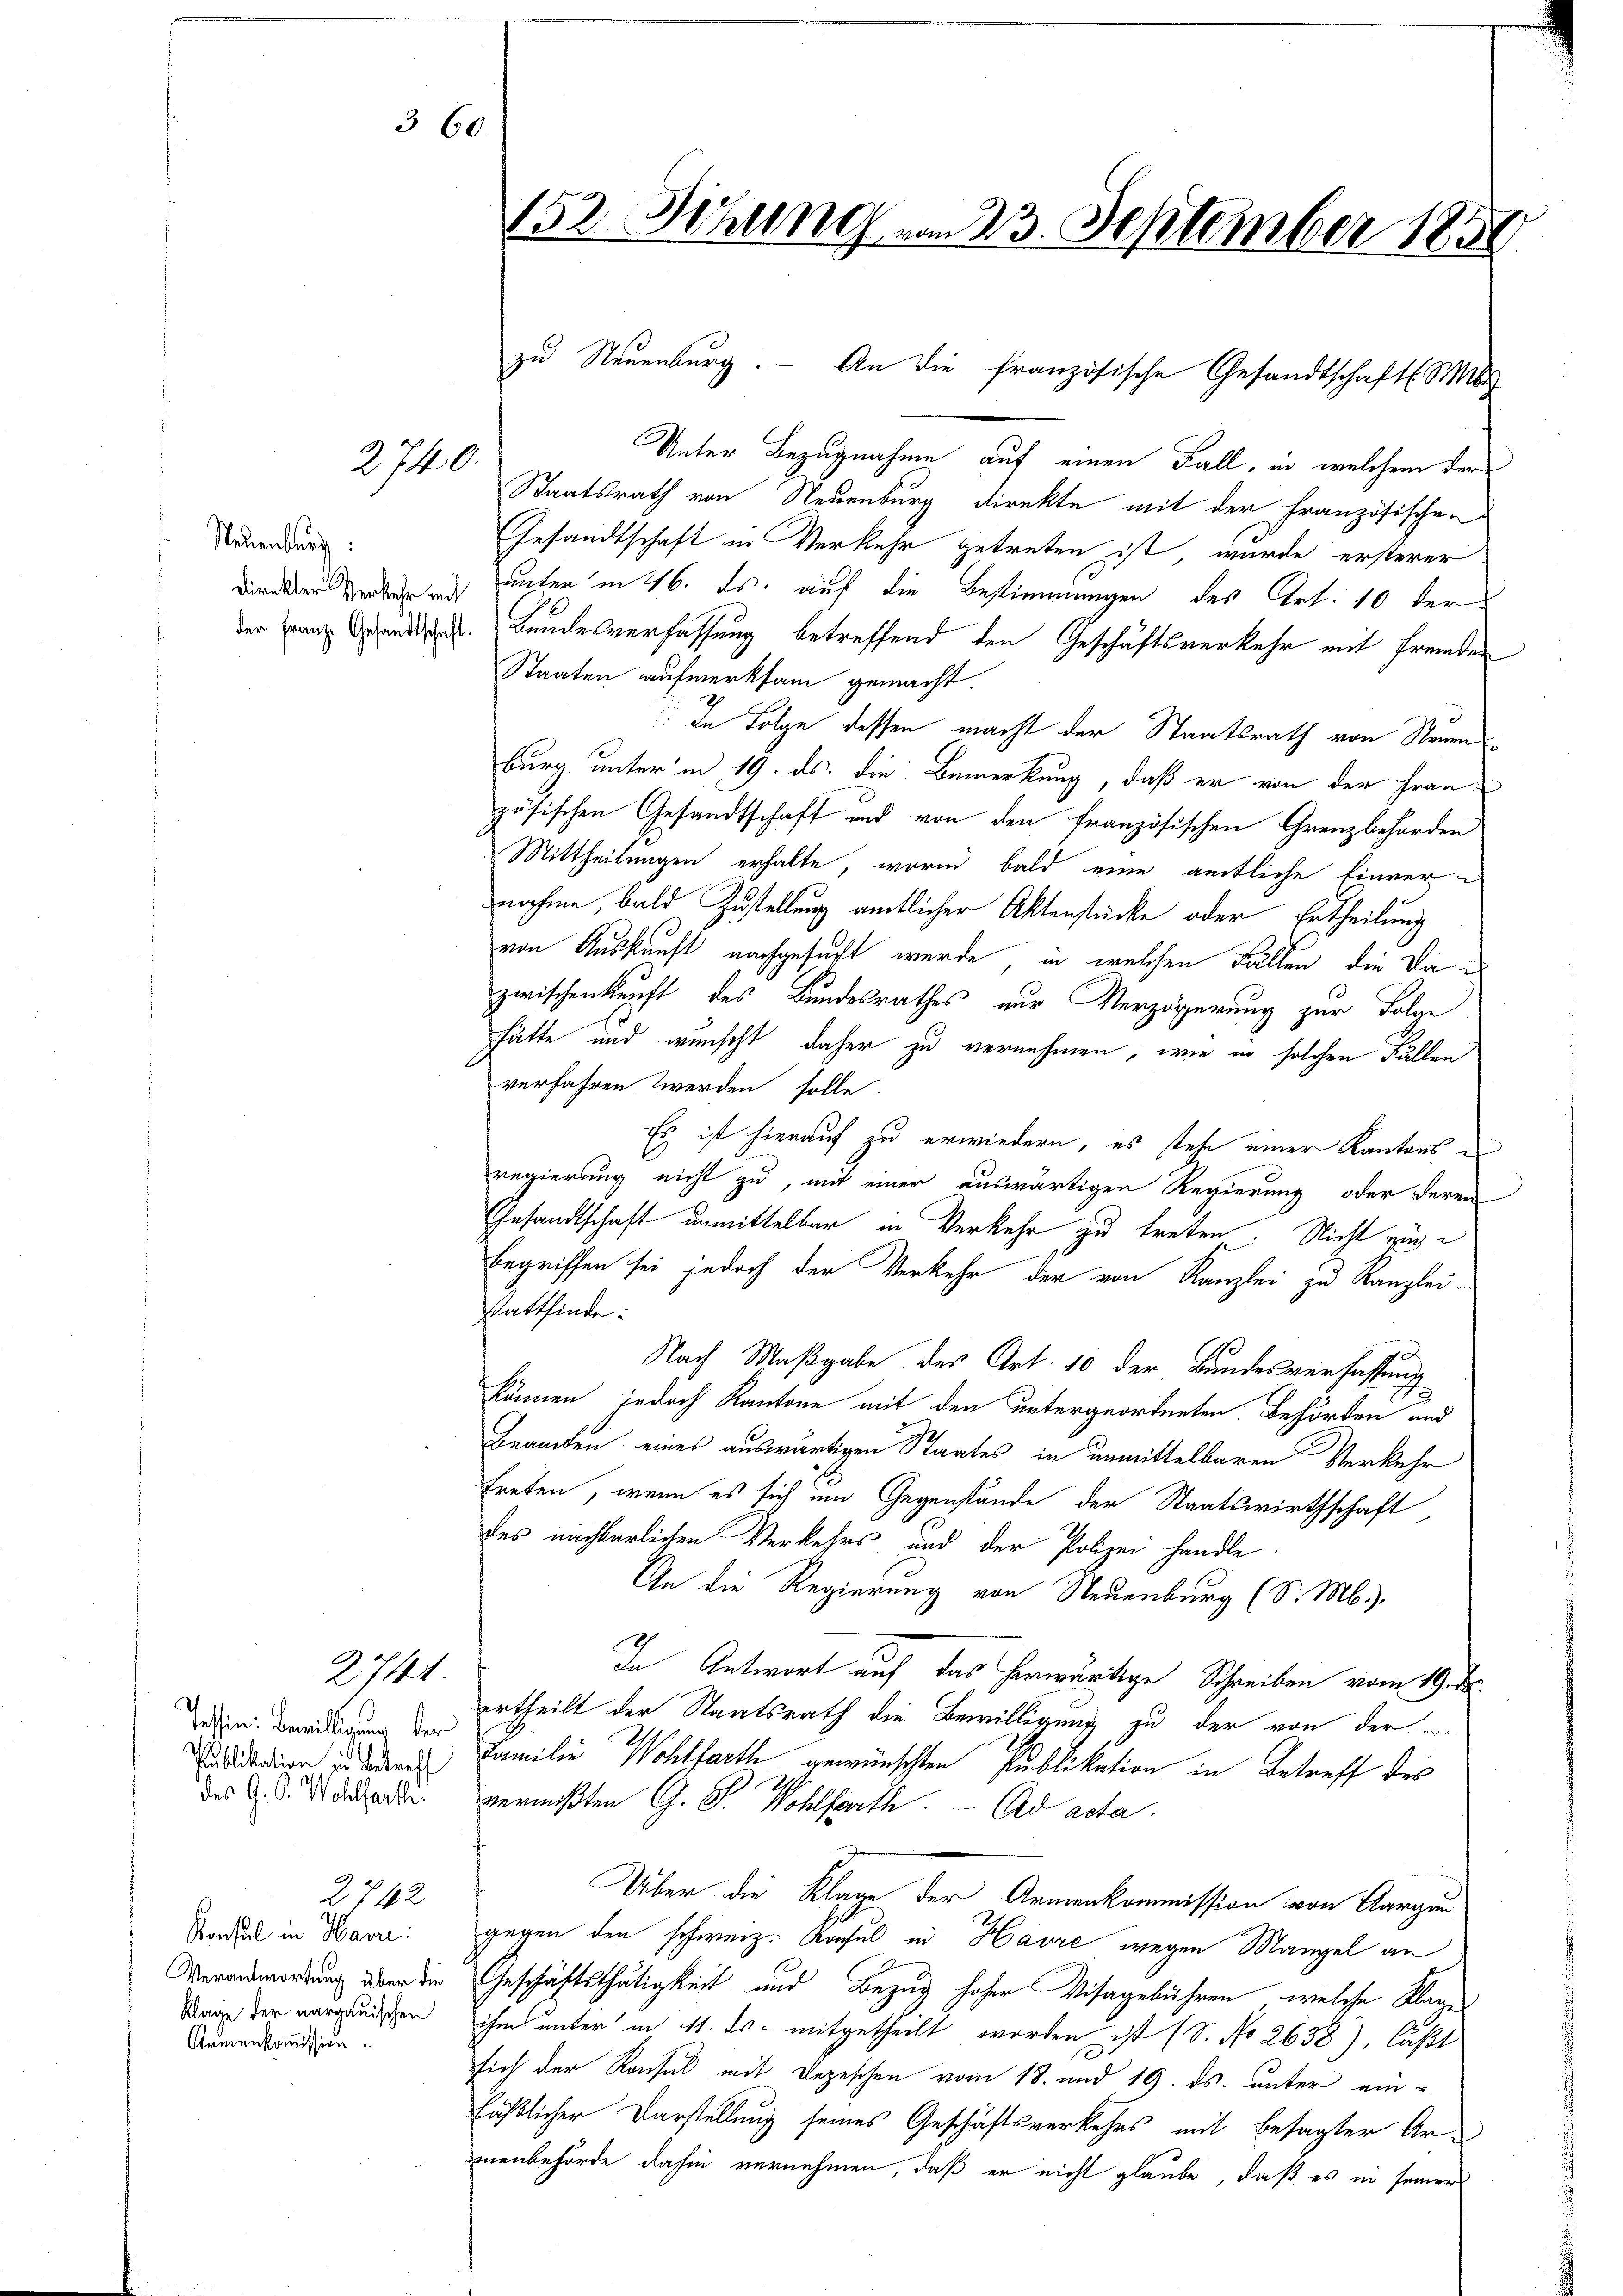
360.

2740.

Neuenburg:
direkter Verkehr mit

2744

Tessin: Bewilligung der
Publikation in Betreff
des G. P. Wohlfarthei

Konsul in Havre:
Verantwortung über die
Klage der aargauischen
Armenkommission.

2742

152. Sitzung vom 23. September 1858

Unter Bezugnahme auf einen Fall, in welchem der
Staatsrath von Neuenburg direkte mit der Französischen
Gesandtschaft in Verkehr getreten ist, wurde ersterer
unter in 16. ds. auf die Bestimmungen des Art. 10 der
der Franz andes Bundesverfassung betreffend den Geschäftsverkehr mit fremden
Staaten aufmerksam gemacht.
: In Folge dessen macht der Staatsrath von Neuen
burg unter in 19. ds. die Bemerkung, daß er von der Frau
zösischen Gesandtschaft und von den Französischen Grenzbehörden
Mittheilungen erhalte, worin bald eine amtliche Einvernahme, bald Zustellung amtlicher Aktenstücke oder Ertheilung
von Auskunft nachgesucht wurde, in welchen Fällen, die Dire
zwischenkunft des Bundesrathes nur Verzögerung zur Folge
hätte und wunscht daher zu vernehmen, wie in solchen Fällen
verfahren werden solle.
Es ist hierauf zu erwiedern, es stehe einer Kantons i
regierung nicht zu, mit einer auswärtigen Regierung oder deren
Gesandtschaft unmittelbar in Verkehr zu treten. Nicht zuge
begriffen sei jedoch der Verkehr der von Kanzlei zu Kanzlei-
stattfinde.
Nach Maßgabe des Art. 10 der Bundesverfassung
können, jedoch Kantone mit den untergeordneten Behörden und
Beamten eines auswärtigen Staates in unmittelbaren Verkehr
treten, wenn es sich im Gegenstände der Staatswirthschaft
des nachbarlichen Verkehrs und der Polizei handle.
In die Regierung von Neuenburg (S. M.),
In Antwort auf das herwärtige Schreiben vom 19. d.
ertheilt der Staatsrath die Bewilligung zu der von der
Familie Wohlfarth gewünschten Publikation in Betreff des
vermißten G. P. Wohlfarth. Ad acta.
Über die Klage der Armenkommission von Aargau
gegen den schweiz. Konsul und Havre wegen Mangel an
Geschäftsthätigkeit und Bezug hoher Visagebühren, welche Klage
ihm unter in 4. ds. mitgetheilt worden ist (S. No 2638), läßt
sich der Konsul mit Depeschen vom 18. und 19. ds. unter einläßlicher Darstellung seines Geschäftsverkehrs mit besagter Ar-
menbehörde dahin vernehmen, daß er nicht glaube, daß es in seiner

zu Neuenburg. An die französische Gesandtschaft be